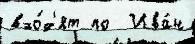
вхо́д'ят по  Ива́н